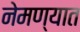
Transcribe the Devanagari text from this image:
नेमण्‍यात